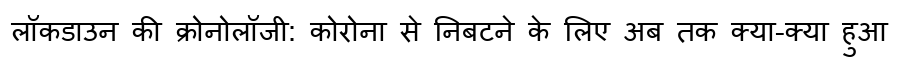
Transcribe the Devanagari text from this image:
लॉकडाउन की क्रोनोलॉजी: कोरोना से निबटने के लिए अब तक क्या-क्या हुआ